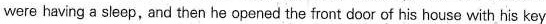
were having a sleep, and then he opened the front door of his house with his key